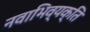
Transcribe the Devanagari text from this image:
नवाभिव्यक्ति